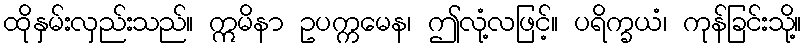
ထိုနှမ်းလှည်းသည်။ ဣမိနာ ဥပက္ကမေန၊ ဤလုံ့လဖြင့်။ ပရိက္ခယံ၊ ကုန်ခြင်းသို့။